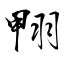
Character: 翈